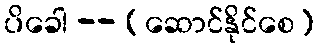
ပိခေါ -- (ဆောင်နိုင်စေ)